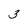
Character: 3